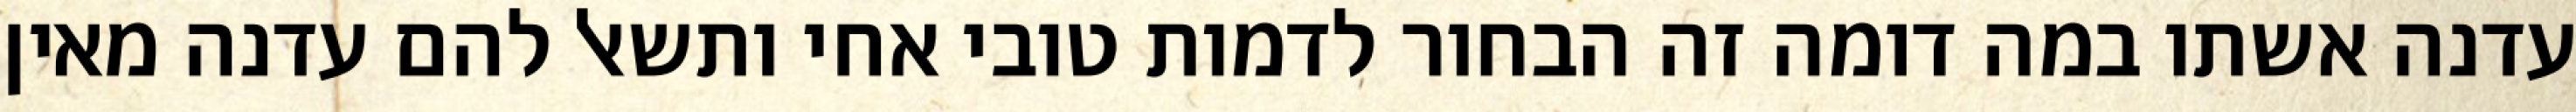
עדנה אשתו במה דומה זה הבחור לדמות טובי אחי ותשאל להם עדנה מאין